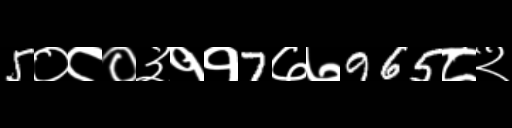
Text: 5०८०३११7७७965८२